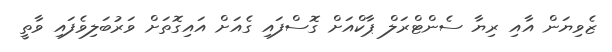
ޒެވިޔަން އާއި ރިޔާ ސެންޓްރަލް ޕާކްއަށް ގޮސްފައި ގެއަށް އައިގޮތަށް ވަރުބަލިވެފައި ވާތީ